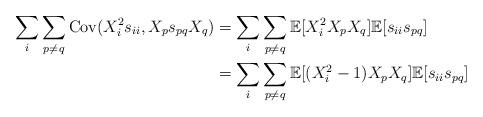
LaTeX: \begin{align*} \sum_i \sum_{p \neq q}\mathrm{Cov}(X_i^2 s_{ii}, X_p s_{pq} X_q) & = \sum_i \sum_{p \neq q}\mathbb{E}[X_i^2 X_p X_q] \mathbb{E}[s_{ii} s_{pq}] \\ & = \sum_i \sum_{p \neq q}\mathbb{E}[(X_i^2-1) X_p X_q] \mathbb{E}[s_{ii} s_{pq}] \end{align*}